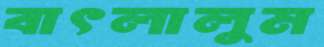
বাৎলালুম